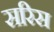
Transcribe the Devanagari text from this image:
सरिस